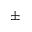
\pm